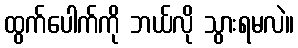
ထွက်ပေါက်ကို ဘယ်လို သွားရမလဲ။